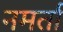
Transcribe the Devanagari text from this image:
नमर्ता